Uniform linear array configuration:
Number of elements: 24
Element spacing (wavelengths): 0.75
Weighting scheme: kaiser
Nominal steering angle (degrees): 15
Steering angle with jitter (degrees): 16.381
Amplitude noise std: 0.05
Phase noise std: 0.05

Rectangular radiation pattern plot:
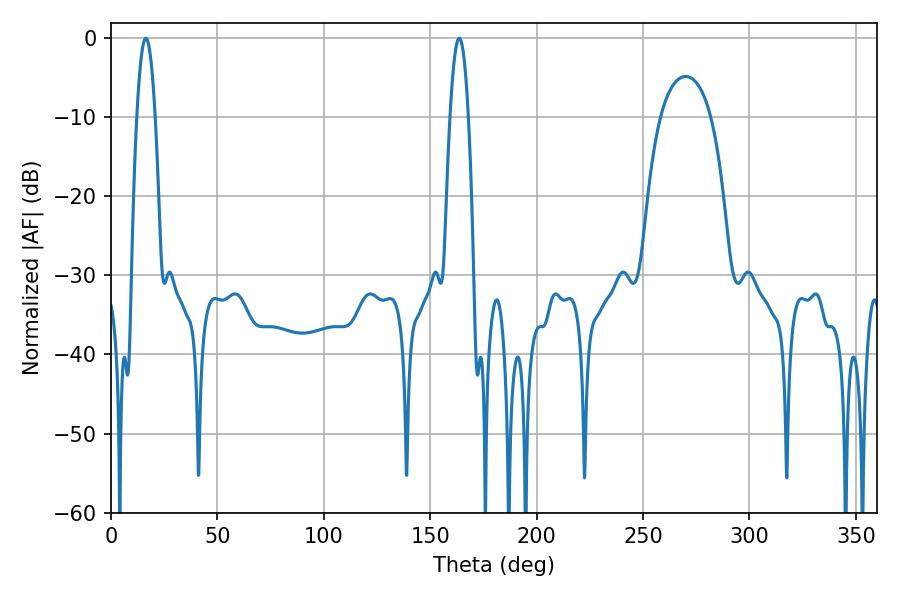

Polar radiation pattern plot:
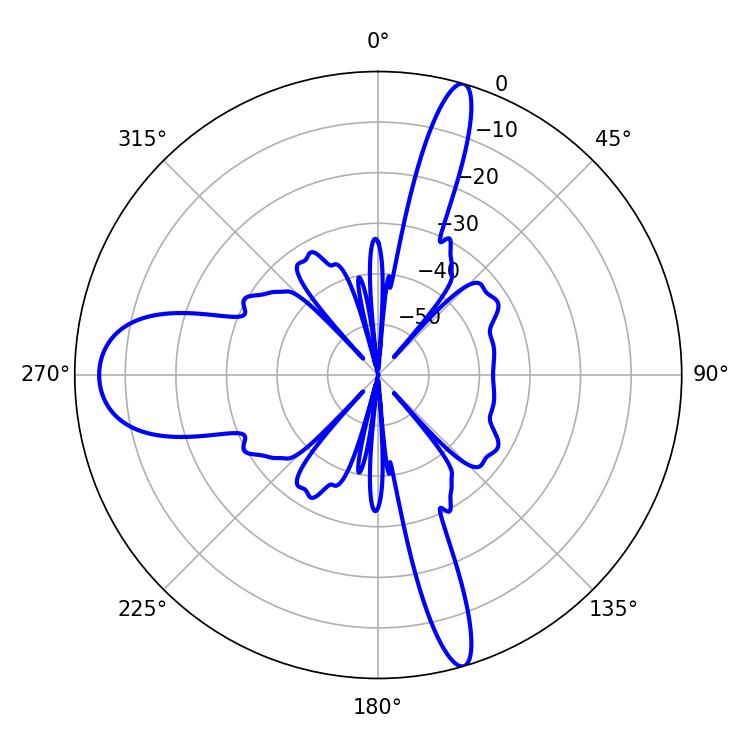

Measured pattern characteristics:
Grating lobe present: TRUE
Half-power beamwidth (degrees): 4.68
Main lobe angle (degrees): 16.38